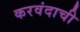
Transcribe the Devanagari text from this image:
करवंदाची